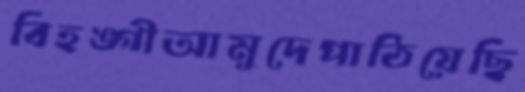
বিহঙ্গীআমুদেপাঠিয়েছি